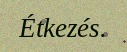
Étkezés.